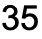
35